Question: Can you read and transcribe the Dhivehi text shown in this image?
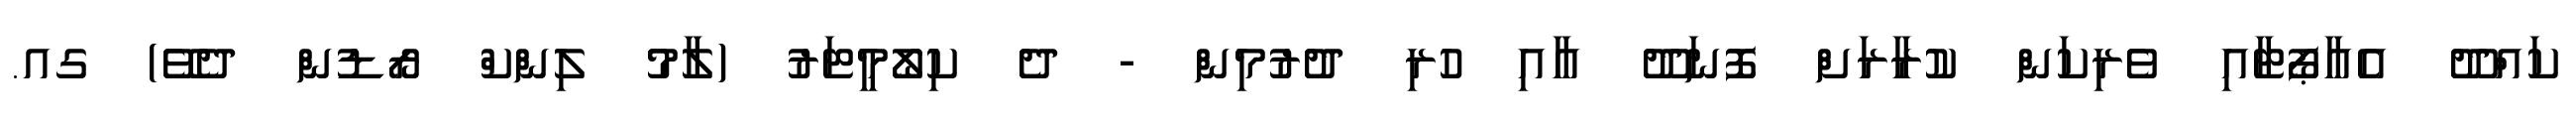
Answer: ކައްދޫ އެއާޕޯޓާއި ވެރިކަން ކުރާރަށް ފޮނަދޫ އާއި ހުރި ދުރުމިން - ދެ ކިލޯމީޓަރު (ލާމު ލިންކް ރޯޑުން ދެވޭ) ގއ.